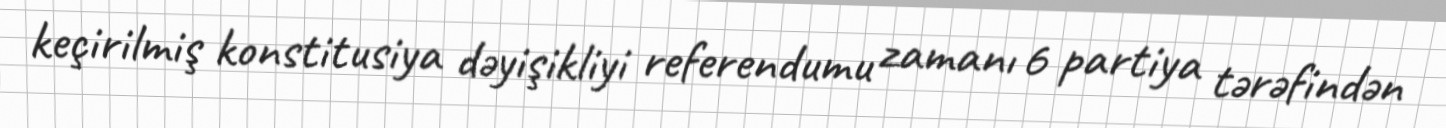
keçirilmiş konstitusiya dəyişikliyi referendumu zamanı 6 partiya tərəfindən